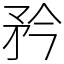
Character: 矜